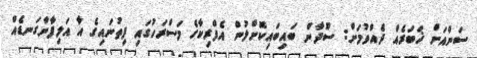
ސަންއަށް ޚަބަރެއް ދެއްވުމަށް: ސޫދާން ބައިބައިކޮށްލުން އެފްރިކާގެ މަސްރަހުގައި ފިތުނައިގެ އާ އަލިފާންގަނޑެއް